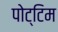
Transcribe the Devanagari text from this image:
पोट्टिम